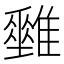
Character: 𩁅